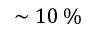
\sim 1 0 \, \%